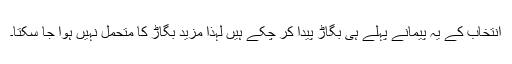
انتخاب کے یہ پیمانے پہلے ہی بگاڑ پیدا کر چکے ہیں لہٰذا مزید بگاڑ کا متحمل نہیں ہوا جا سکتا۔